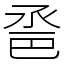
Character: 𢀿